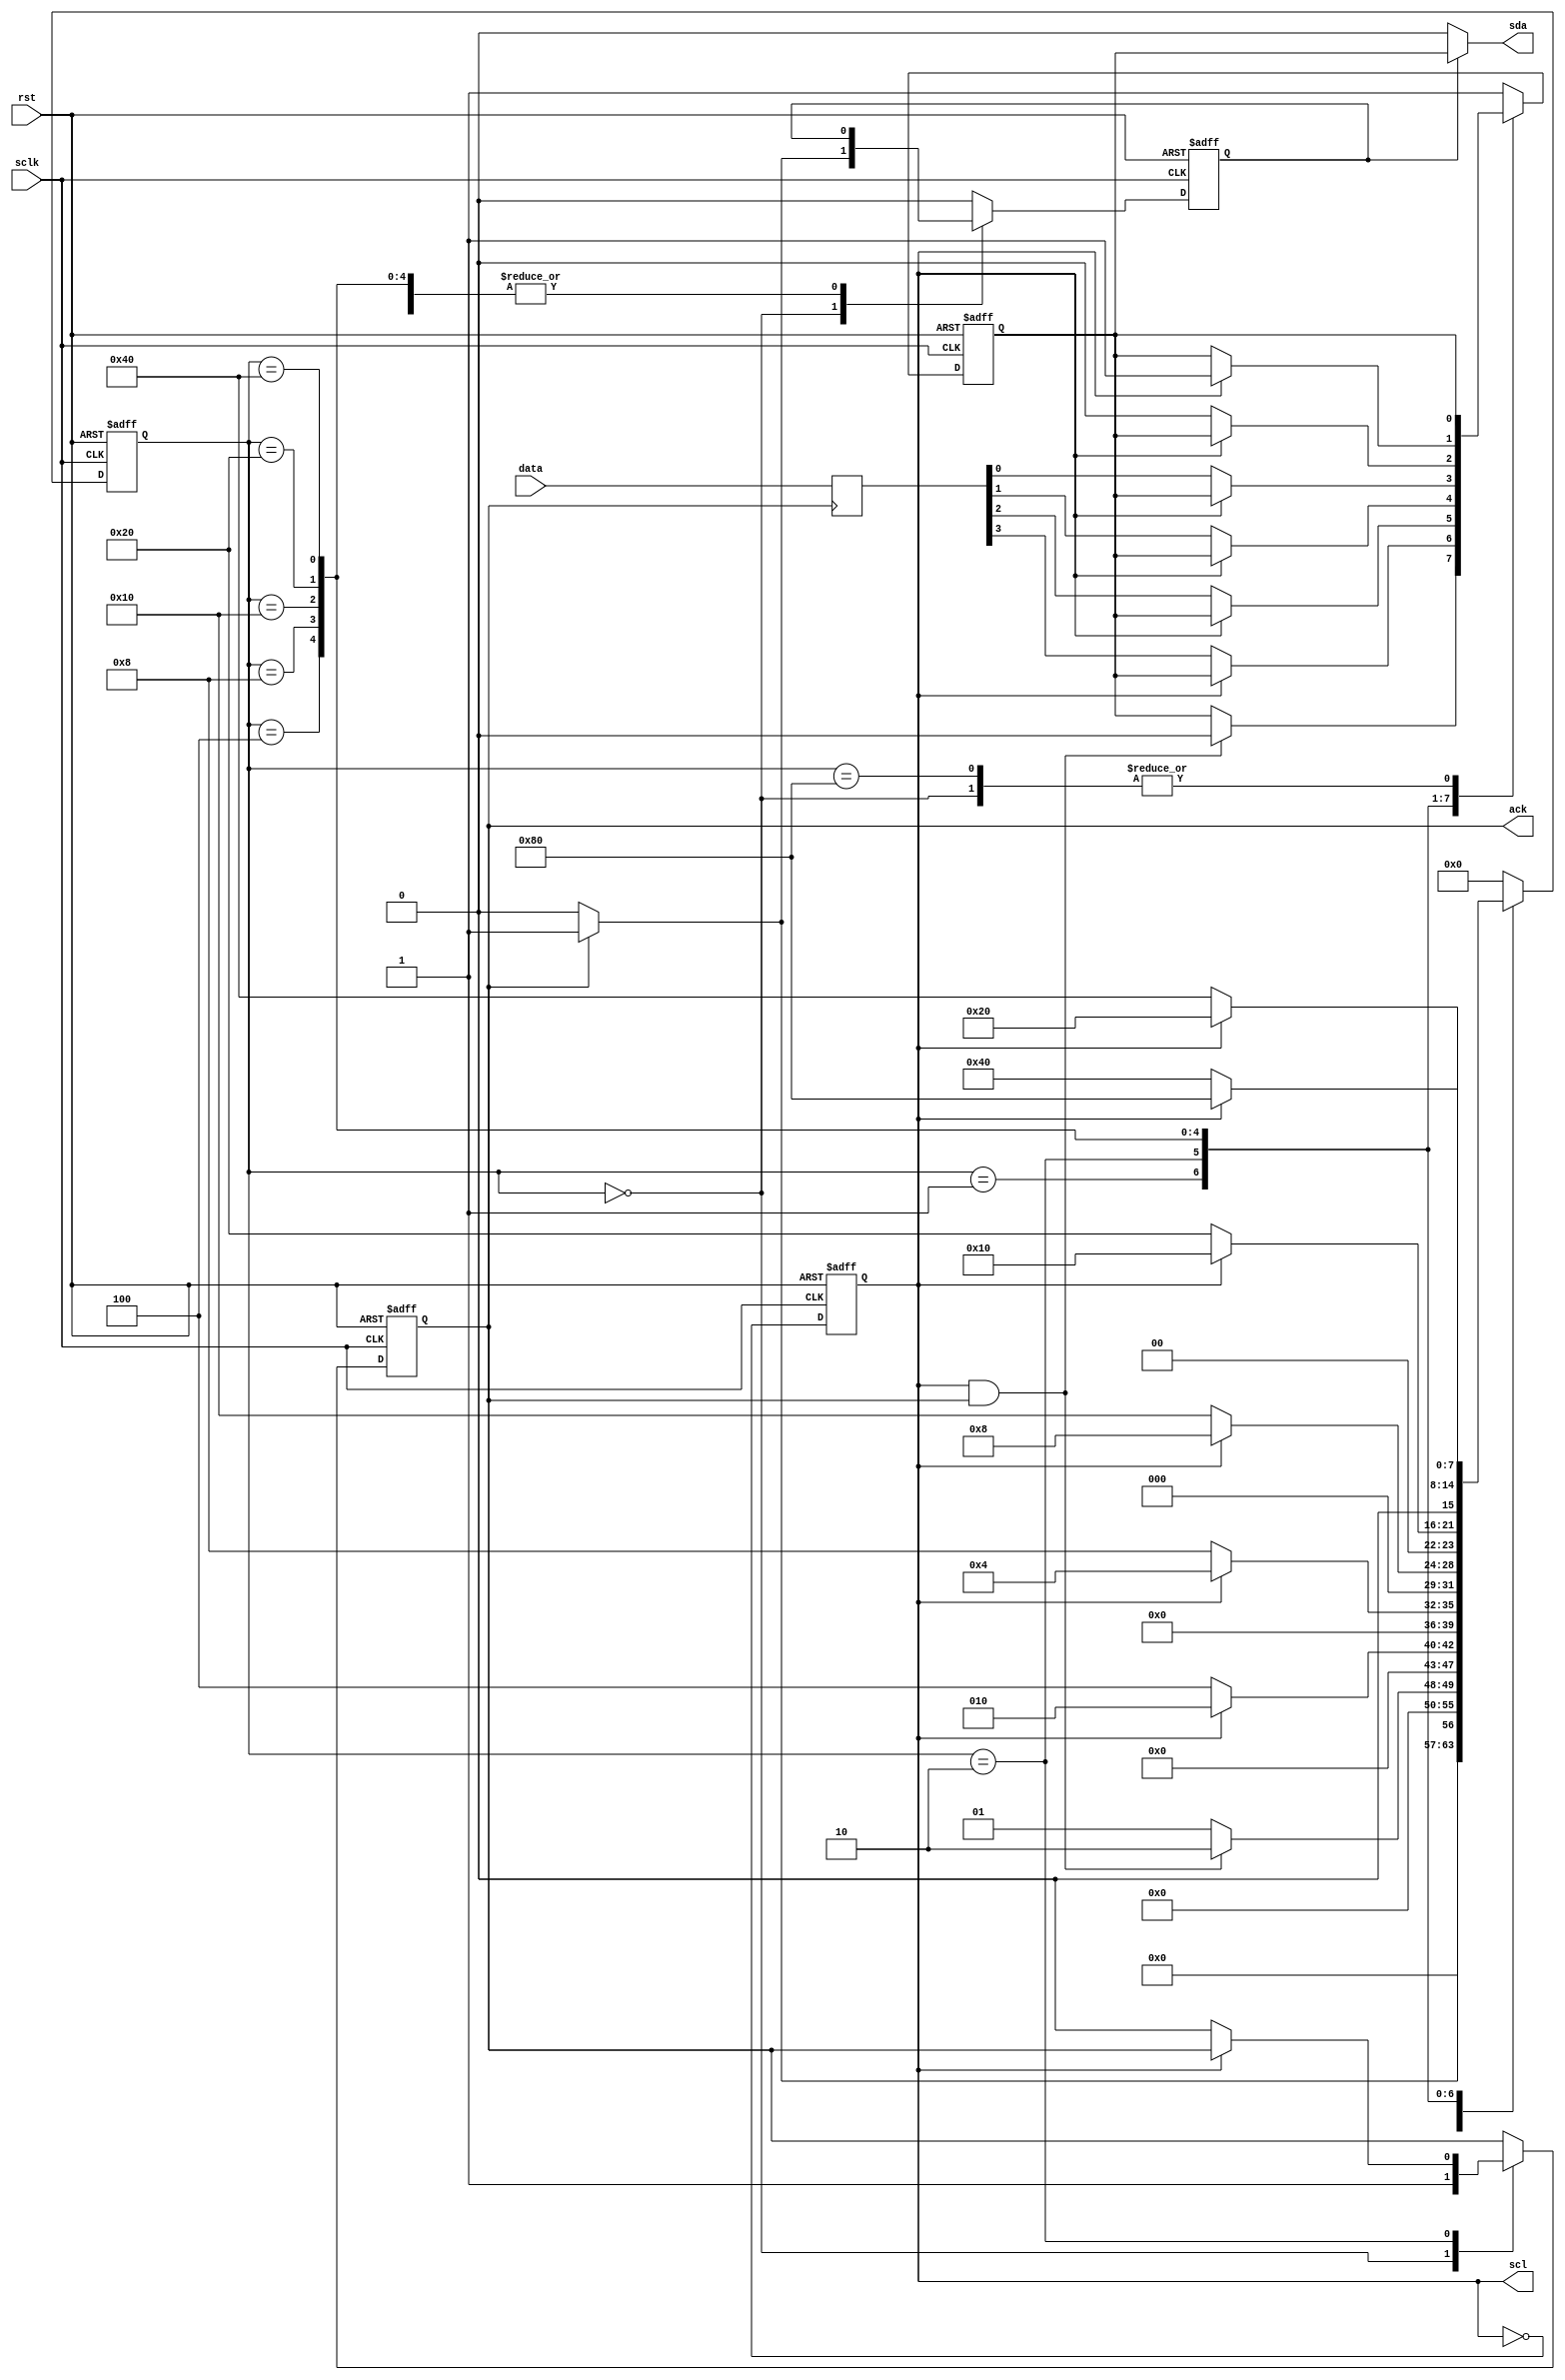
module ptosda(rst,sclk,ack,scl,sda,data);
input sclk,rst;
input [3:0] data;
output ack,scl,sda;
reg scl,link_sda,ack,sdabuf;
reg [3:0] databuf;
reg [7:0] state;
assign sda = link_sda?sdabuf:1'b0;

parameter ready = 8'b0000_0000,
          start = 8'b0000_0001,
          bit1 = 8'b0000_0010,
          bit2 = 8'b0000_0100,
          bit3 = 8'b0000_1000,
          bit4 = 8'b0001_0000,
          bit5 = 8'b0010_0000,
          stop = 8'b0100_0000,
          IDLE = 8'b1000_0000;
always @(posedge sclk or negedge rst) begin
    if(!rst)
        scl<=1;
    else
        scl<=~scl;
end
always @(posedge ack) begin
    databuf<=data;
end
always @(negedge sclk or negedge rst) 
begin
    if(!rst)
    begin
        link_sda<=0;
        state<=ready;
        sdabuf<=1;
        ack<=0;
    end
    else
    begin
        case(state)
        ready:if(ack)
            begin
               link_sda<=1;
               state<=start; 
            end
             else
             begin
               link_sda<=0;
               state<=ready;
               ack<=1;
             end
        start:if(scl&&ack)
            begin
              sdabuf<=0;
              state<=bit1;
            end
            else state<=start;
        bit1:if(!scl)
            begin
              sdabuf<=databuf[3];
              state<=bit2;
              ack<=0;
            end
            else state<=bit1;
        bit2:if(!scl)
            begin
              sdabuf<=databuf[2];
              state<=bit3;
            end
            else state<=bit2;
        bit3:if(!scl)
            begin
              sdabuf<=databuf[1];
              state<=bit4;
            end
            else state<=bit3;
        bit4:if(!scl)
            begin
              sdabuf<=databuf[0];
              state<=bit5;
            end
            else state<=bit4;
        bit5:if(!scl)
            begin
              sdabuf<=0;
              state<=stop;
            end
            else state<=bit5;
        stop:if(scl)
            begin
              sdabuf<=1;
              state<=IDLE;
            end    
            else state<=stop;
        IDLE:begin
                link_sda<=0;
                state<=ready;
             end
        default: begin
                    link_sda<=0;
                    sdabuf<=1;
                    state<=ready;
        end
        endcase
    end
end
endmodule